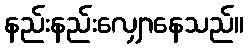
နည်းနည်းလျှောနေသည်။